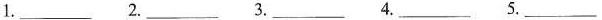
1.___ 2.___ 3.___4.___5.___